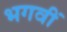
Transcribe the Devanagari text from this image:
भगवीं